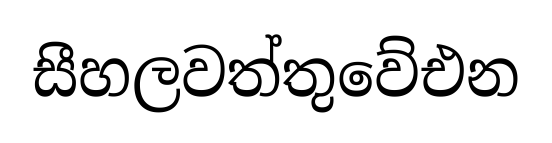
සීහලවත්තුවේඑන